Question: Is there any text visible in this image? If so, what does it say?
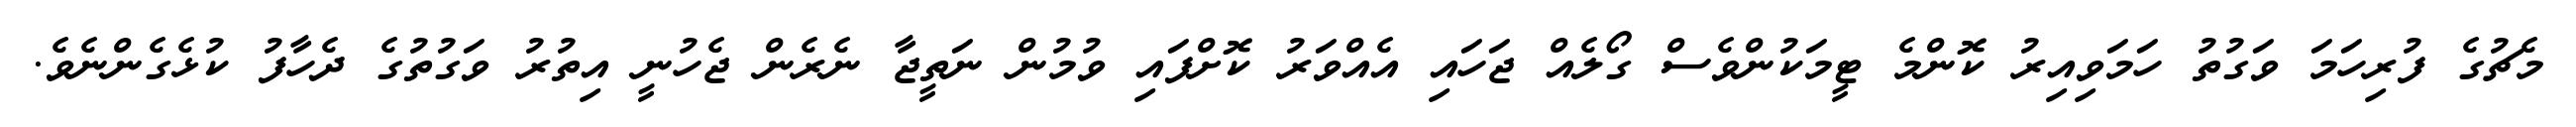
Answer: މެޗުގެ ފުރިހަމަ ވަގުތު ހަމަވިއިރު ކޮންމެ ޓީމަކުންވެސް ގޯލެއް ޖަހައި އެއްވަރު ކޮށްފައި ވުމުން ނަތީޖާ ނެރެން ޖެހުނީ އިތުރު ވަގުތުގެ ދެހާފު ކުޅެގެންނެވެ.